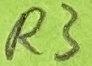
Text: R3